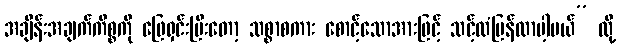
အချိန်းအချက်ကိစ္စကို ဖြေရှင်းပြီးတော့ သစ္စာစကား စောင့်သောအားဖြင့် သင့်ထံပြန်လာပါ့မယ်” လို့